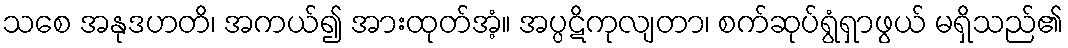
သစေ အနုဒဟတိ၊ အကယ်၍ အားထုတ်အံ့။ အပ္ပဋိကုလျတာ၊ စက်ဆုပ်ရွံရှာဖွယ် မရှိသည်၏